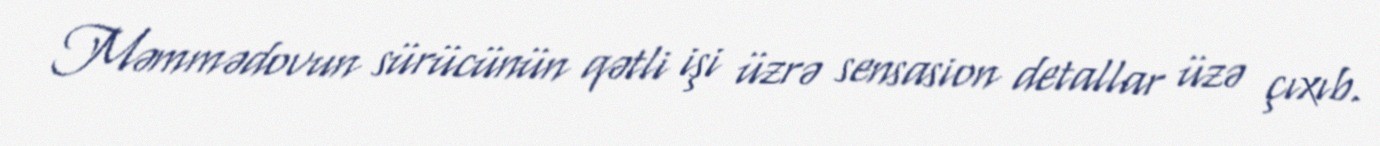
Məmmədovun sürücünün qətli işi üzrə sensasion detallar üzə çıxıb.